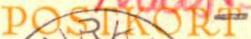
POSTKORT